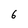
Character: 6